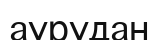
аурудан